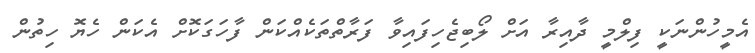
އެމީހުންނަކީ ފިލްމީ ދާއިރާ އަށް ލޯބިޖެހިފައިވާ ފަރާތްތަކެއްކަން ފާހަގަކޮށް އެކަން ހެޔޮ ހިތުން